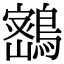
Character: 𪄋